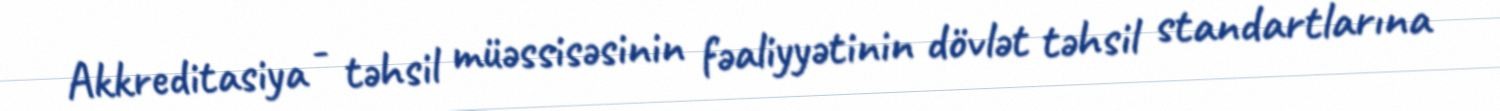
Akkreditasiya - təhsil müəssisəsinin fəaliyyətinin dövlət təhsil standartlarına